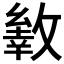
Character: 𢿐